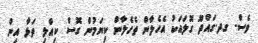
ވެސް. ގދ.ގައްދޫ ގޮލައަކު އެހެލާން ތެހެލާން ކިޔަމުން ގޮސް ކިއްލި ތަޅާ އިން